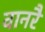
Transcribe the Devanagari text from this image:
वानरै